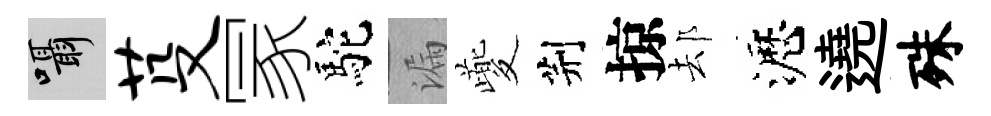
囁芟冡駝漏夔荆掠𨚫瀝遶殊